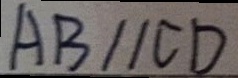
A B / / C D